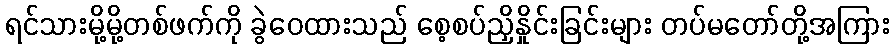
ရင်သားမို့မို့တစ်ဖက်ကို ခွဲဝေထားသည် စေ့စပ်ညှိနှိုင်းခြင်းများ တပ်မတော်တို့အကြား